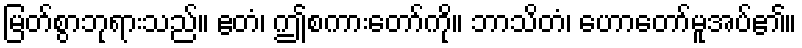
မြတ်စွာဘုရားသည်။ ဧတံ၊ ဤစကားတော်ကို။ ဘာသိတံ၊ ဟောတော်မူအပ်၏။